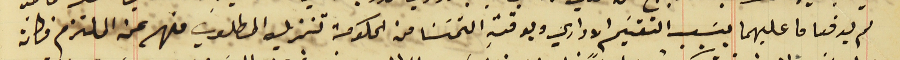
لم يدفعا ما عليهما بسَبب التقسَيم الاداري وبوقتهِ التمسَنا من الحكومة تنزيل المطلوب منهم عن الملتزم فكان